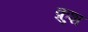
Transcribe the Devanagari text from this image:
क्रुश